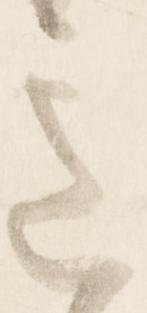
意